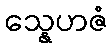
သ္နေဟဇံ